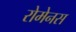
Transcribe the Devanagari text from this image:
रोमेनस